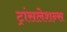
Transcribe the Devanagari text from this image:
ट्रांसलेशन्स